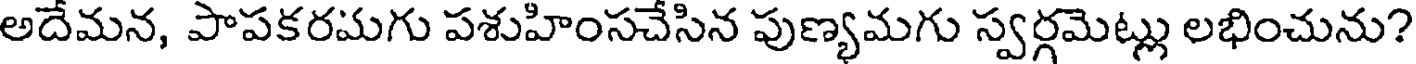
అదేమన, పాపకరమగు పశుహింసచేసిన పుణ్యమగు స్వర్గమెట్లు లభించును?